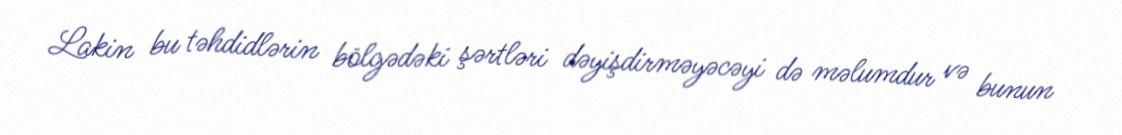
Lakin bu təhdidlərin bölgədəki şərtləri dəyişdirməyəcəyi də məlumdur və bunun